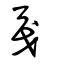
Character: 戞